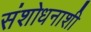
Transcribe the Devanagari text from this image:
संशोधनाशी